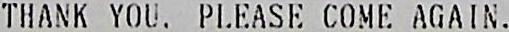
THANK YOU. PLEASE COME AGAIN.